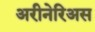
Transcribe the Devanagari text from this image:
अरीनेरिअस